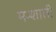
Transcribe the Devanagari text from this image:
मन्शाली